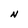
Character: N